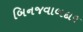
બિનજવાબદાર